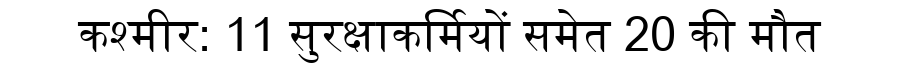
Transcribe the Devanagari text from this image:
कश्मीर: 11 सुरक्षाकर्मियों समेत 20 की मौत